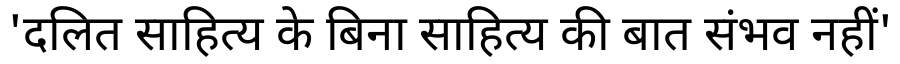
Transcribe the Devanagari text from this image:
'दलित साहित्य के बिना साहित्य की बात संभव नहीं'